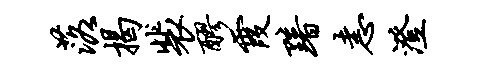
落揭裴醪霞黯恚澄